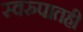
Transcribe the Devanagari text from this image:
स्वरुपातही